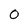
Character: 0